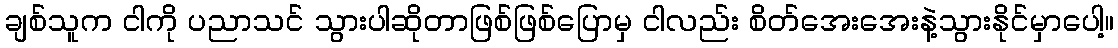
ချစ်သူက ငါကို ပညာသင် သွားပါဆိုတာဖြစ်ဖြစ်ပြောမှ ငါလည်း စိတ်အေးအေးနဲ့သွားနိုင်မှာပေါ့။